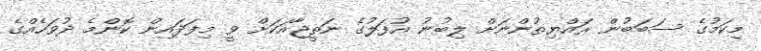
މިކަމުގެ ސަބަބުން ރައްޔިތުންނަށް ލިބުނު އުފަލުގެ ނަތީޖާއަކަށް ވީ މިފަދައިން ކޮންމެ ދުވަހެއްގެ